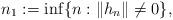
LaTeX: \begin{align*}n_{1}:=\inf \{n:\|h_{n}\|\neq 0\},\end{align*}